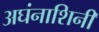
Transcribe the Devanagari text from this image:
अघंनाशिनी